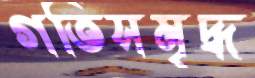
গতিসমৃদ্ধ